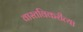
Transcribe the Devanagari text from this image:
वास्तविकरीत्या